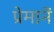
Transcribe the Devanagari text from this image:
प्रेमानें